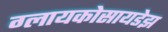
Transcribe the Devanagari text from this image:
ग्लायकोसायडेझ